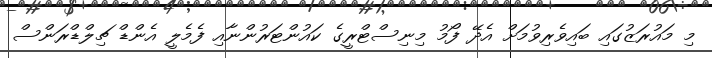
މި މައުރަޒުގައި ބައިވެރިވުމަށް އެދޭ ފޯމު މިނިސްޓްރީގެ ކައުންޓަރުންނާއި ފެމެލީ އެންޑް ޗިލްޑްރަންސް